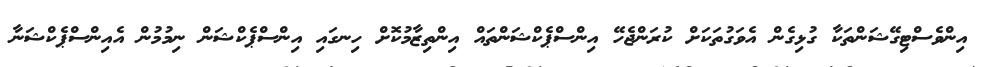
އިންވެސްޓިގޭޝަންތަކާ ގުޅިގެން އެވަގުތަކަށް ކުރަންޖެހޭ އިންސްޕެކްޝަންތައް އިންތިޒާމުކޮށް ހިނގައި އިންސްޕެކްޝަން ނިމުމުން އެއިންސްޕެކްޝަނާ